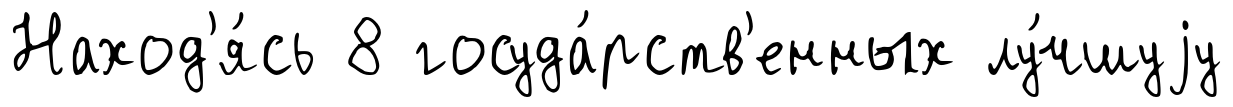
Наход'я́сь 8 госуда́рств'енных лу́чшуjу